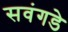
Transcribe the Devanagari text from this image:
सवंगडे